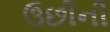
ઉછીની